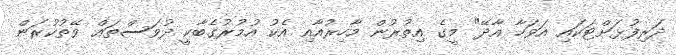
ދަރިފުޅަށްޓަކައި އަވަހާ އާދޭ" މީގެ އިތުރުން މާހިރުއާއި އެކު އުމުރުގެބާކީ ދުވަސްތައް ވޭތުކުރަން